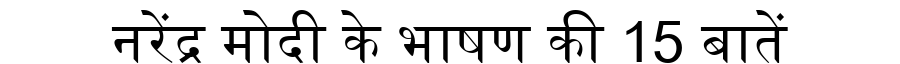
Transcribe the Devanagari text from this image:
नरेंद्र मोदी के भाषण की 15 बातें